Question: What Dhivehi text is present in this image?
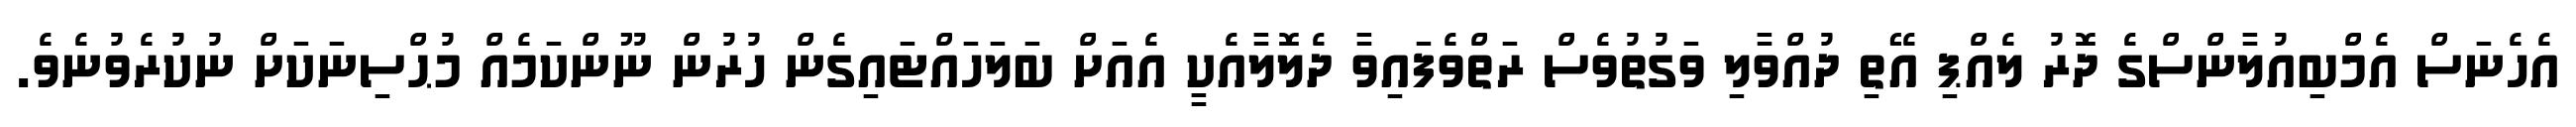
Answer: އެހެނަސް އެމްބިއުލާންސްގެ ދޮރު ލެއްޕި އޭތި ދުއްވާލި ވަގުތުވެސް ރަތްވެފައިވާ ދެލޮލާއެކީ އެއަށް ބަލަހައްޓައިގެން ހުރުން ނޫންކަމެއް މުޙްސިނަކަށް ނުކުރެވުނެވެ.